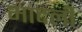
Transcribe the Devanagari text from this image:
भादली